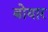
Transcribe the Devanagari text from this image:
बोयार